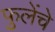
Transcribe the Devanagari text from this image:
फुलेंचे